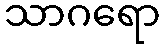
သာဂရော